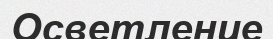
Осветление